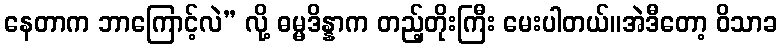
နေတာက ဘာကြောင့်လဲ” လို့ ဓမ္မဒိန္နာက တည့်တိုးကြီး မေးပါတယ်။အဲဒီတော့ ဝိသာခ